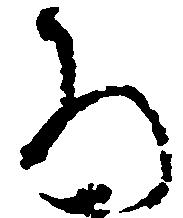
ろ